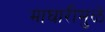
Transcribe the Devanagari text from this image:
माघारीमुळे